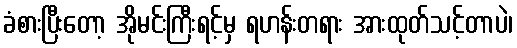
ခံစားပြီးတော့ အိုမင်းကြီးရင့်မှ ရဟန်းတရား အားထုတ်သင့်တာပဲ၊